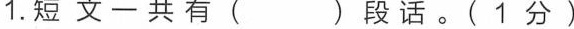
1. 短文一共有( )段话。(1分)